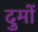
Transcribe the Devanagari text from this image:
दुमों